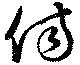
傷